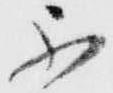
不